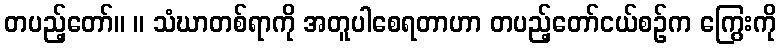
တပည့်တော်။ ။ သံဃာတစ်ရာကို အတူပါစေရတာဟာ တပည့်တော်ငယ်စဉ်က ကြွေးကို